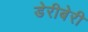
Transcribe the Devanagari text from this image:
डेरीबेरी